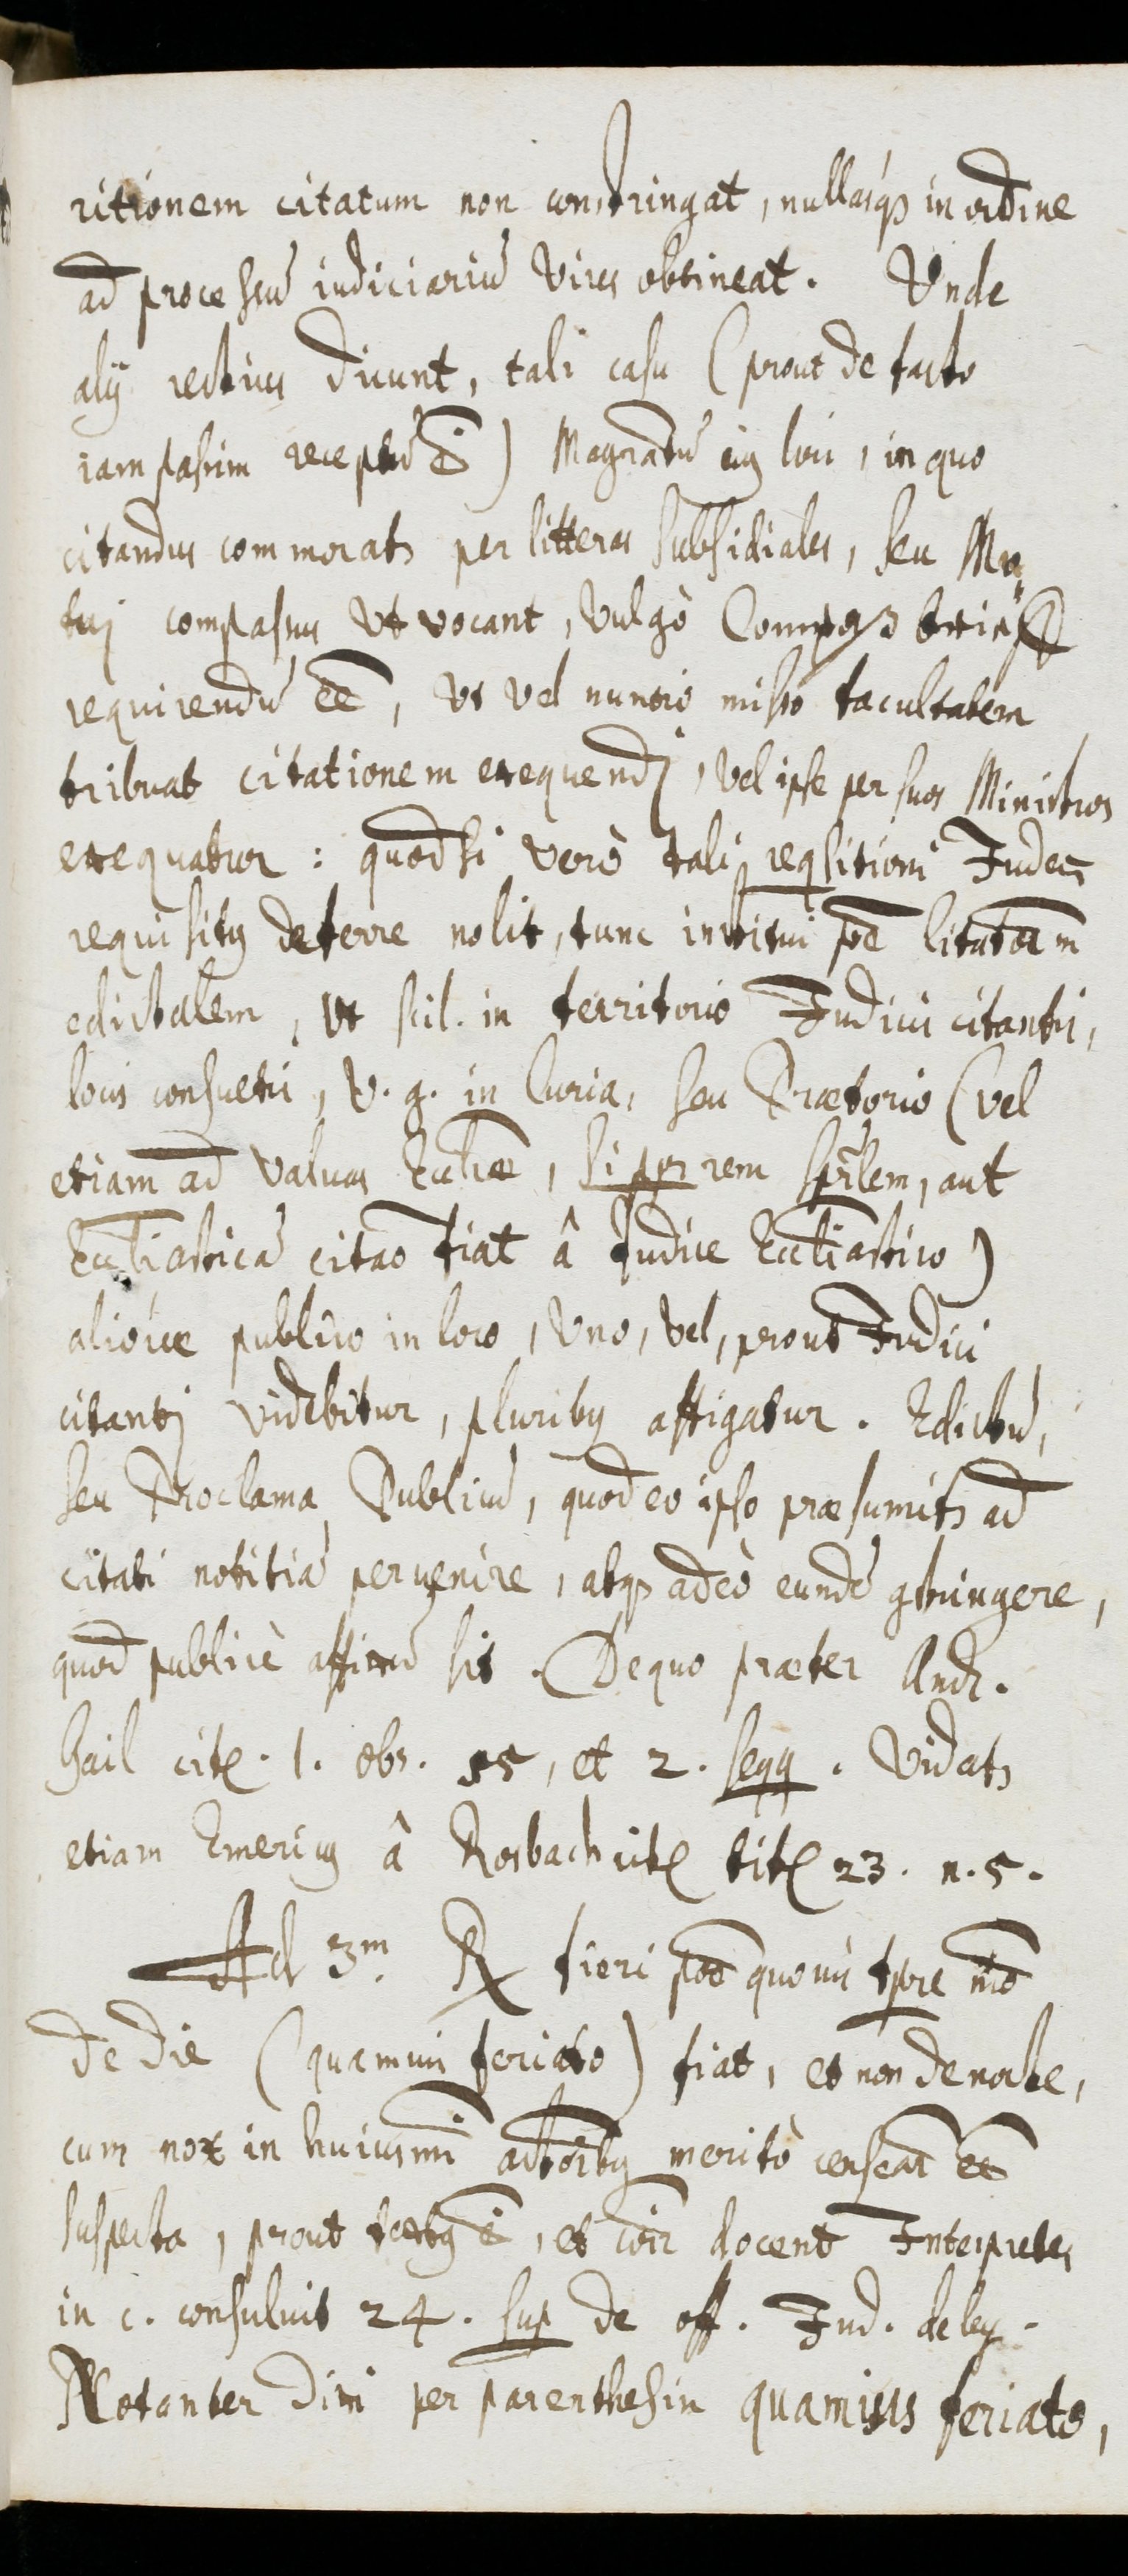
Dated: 1655–1655